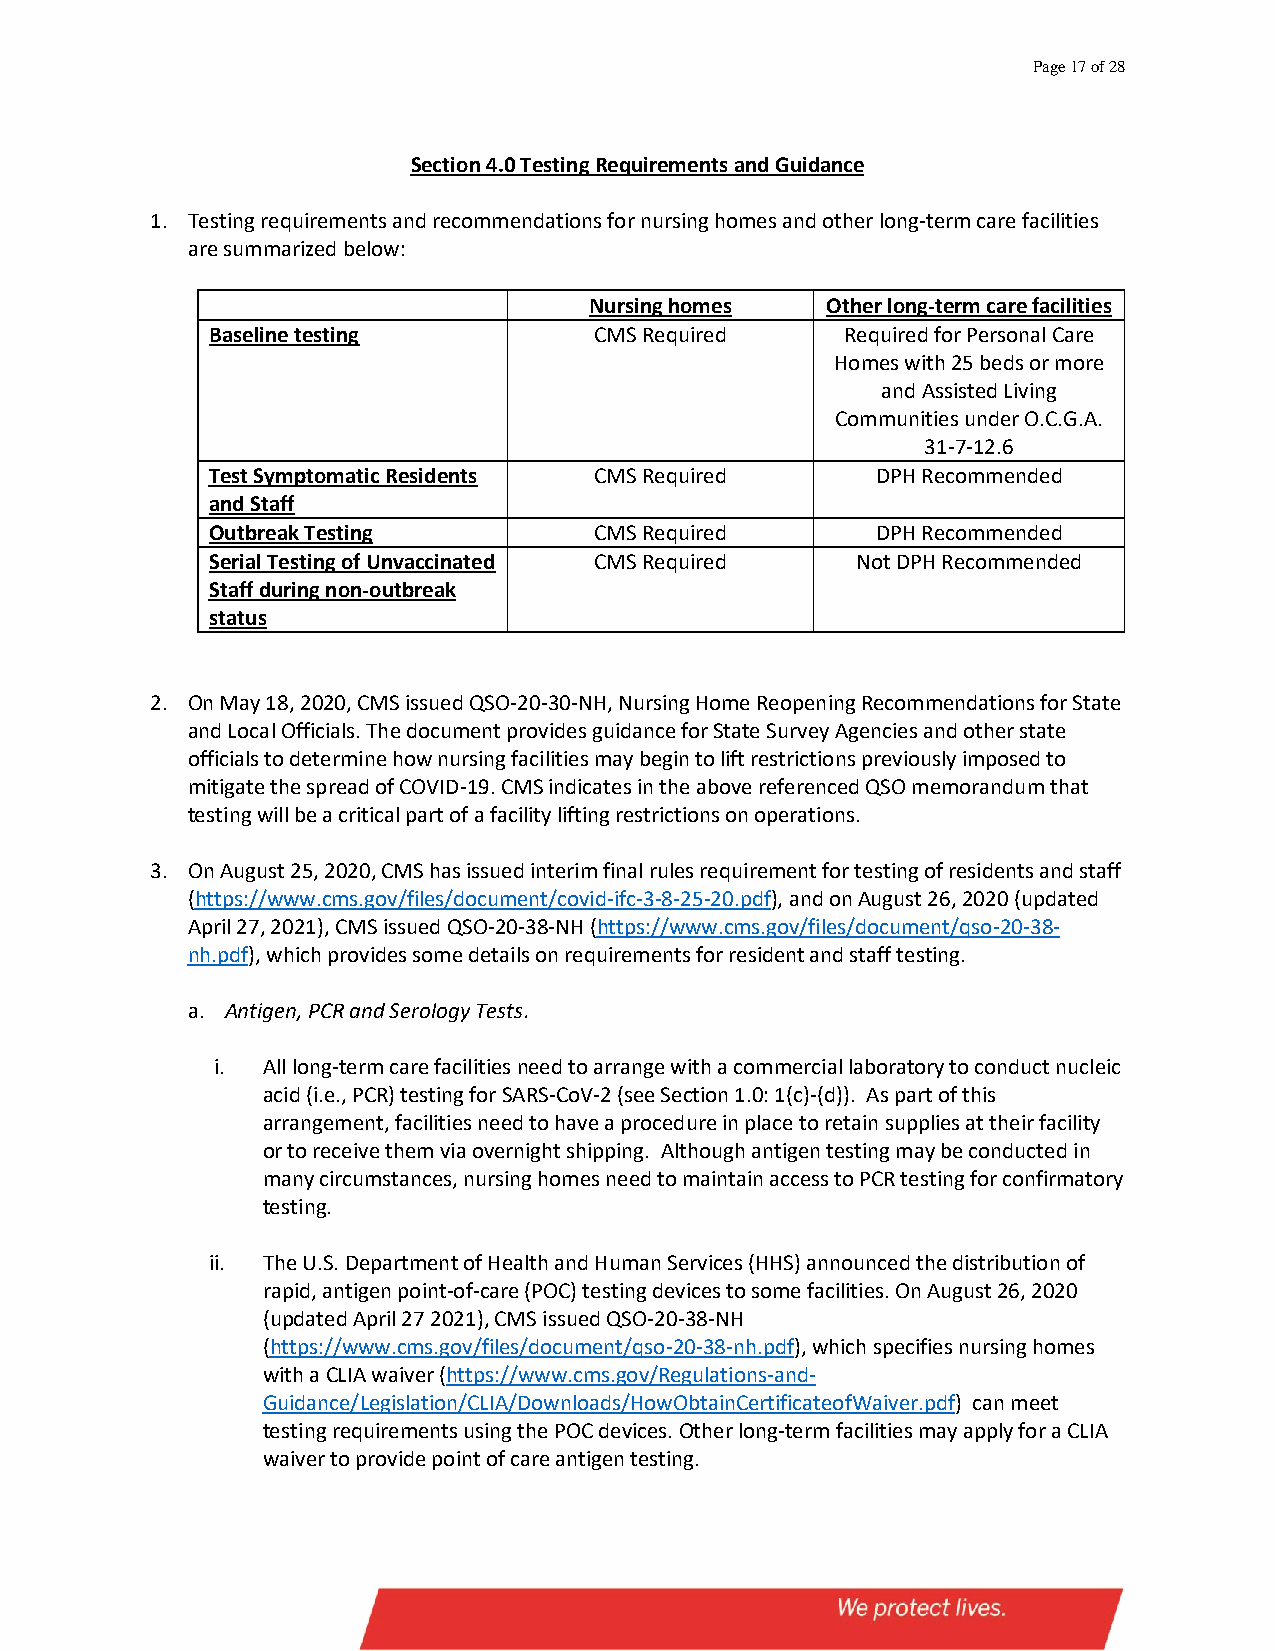
Page 17 of 28
 Section 4.0 Testing Requirements and Guidance
 1. Testing requirements and recommendations for nursing homes and other long-term care facilities
 are summarized below:
 Nursing homes   Other long-term care facilities
 Baseline testing         CMS Required     Required for Personal Care
 Homes with 25 beds or more
 and Assisted Living
 Communities under O.C.G.A.
 31-7-12.6
 Test Symptomatic Residents CMS Required     DPH Recommended
 and Staff
 Outbreak Testing         CMS Required       DPH Recommended
 Serial Testing of Unvaccinated CMS Required Not DPH Recommended
 Staff during non-outbreak
 status
 2. On May 18, 2020, CMS issued QSO-20-30-NH, Nursing Home Reopening Recommendations for State
 and Local Officials. The document provides guidance for State Survey Agencies and other state
 officials to determine how nursing facilities may begin to lift restrictions previously imposed to
 mitigate the spread of COVID-19. CMS indicates in the above referenced QSO memorandum that
 testing will be a critical part of a facility lifting restrictions on operations.
 3. On August 25, 2020, CMS has issued interim final rules requirement for testing of residents and staff
 (https://www.cms.gov/files/document/covid-ifc-3-8-25-20.pdf), and on August 26, 2020 (updated
 April 27, 2021), CMS issued QSO-20-38-NH (https://www.cms.gov/files/document/qso-20-38-
 nh.pdf), which provides some details on requirements for resident and staff testing.
 a. Antigen, PCR and Serology Tests.
 i. All long-term care facilities need to arrange with a commercial laboratory to conduct nucleic
 acid (i.e., PCR) testing for SARS-CoV-2 (see Section 1.0: 1(c)-(d)). As part of this
 arrangement, facilities need to have a procedure in place to retain supplies at their facility
 or to receive them via overnight shipping. Although antigen testing may be conducted in
 many circumstances, nursing homes need to maintain access to PCR testing for confirmatory
 testing.
 ii. The U.S. Department of Health and Human Services (HHS) announced the distribution of
 rapid, antigen point-of-care (POC) testing devices to some facilities. On August 26, 2020
 (updated April 27 2021), CMS issued QSO-20-38-NH
 (https://www.cms.gov/files/document/qso-20-38-nh.pdf), which specifies nursing homes
 with a CLIA waiver (https://www.cms.gov/Regulations-and-
 Guidance/Legislation/CLIA/Downloads/HowObtainCertificateofWaiver.pdf) can meet
 testing requirements using the POC devices. Other long-term facilities may apply for a CLIA
 waiver to provide point of care antigen testing.